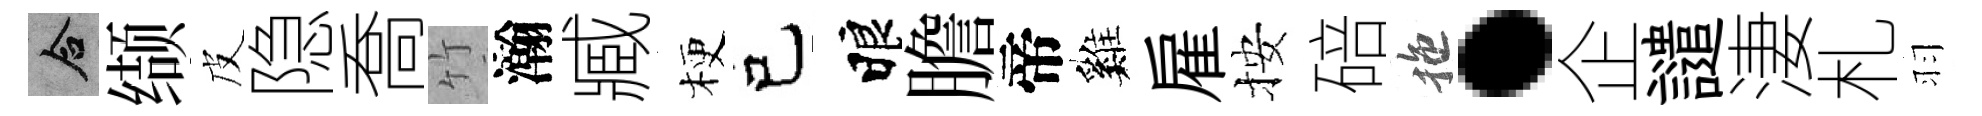
合缬皮隐喬竹瀚臧梗己睱膽帝巍雇按碚拖·企譴淒札羽